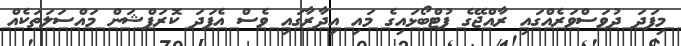
މިފަދަ ދުވަސްވަރެއްގައި ރާއްޖޭގެ ފުޓްބޯޅައިގެ މައި އިދާރާގައި ވެސް އެފަދަ ކޮރަޕްޝަން މައްސަލަތަކެއް